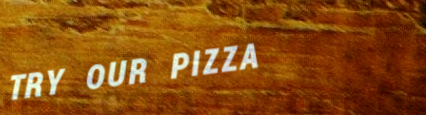
TRY OUR PIZZA